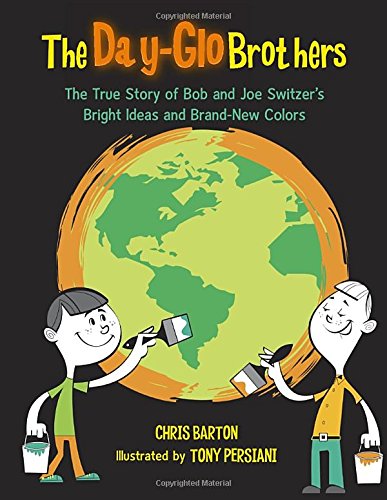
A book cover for The Day-Glo Brothers; Chris Barton; Science & Math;